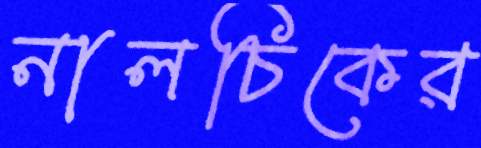
নালচিকের